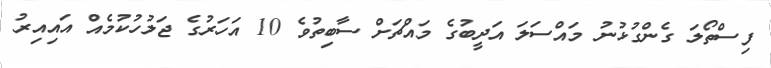
ފިސްތޯލަ ގެންގުޅުނު މައްސަލަ އަދީބުގެ މައްޗަށް ސާބިތުވެ 10 އަހަރުގެ ޖަލުހުކުމެއް އައިއިރު